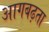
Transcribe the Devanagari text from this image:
आगबढ़ता